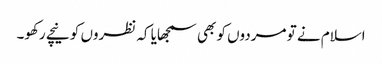
اسلام نے تو مردوں کو بھی سمجھایا کہ نظروں کو نیچے رکھو۔